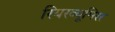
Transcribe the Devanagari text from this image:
रियरव्यूमिरर